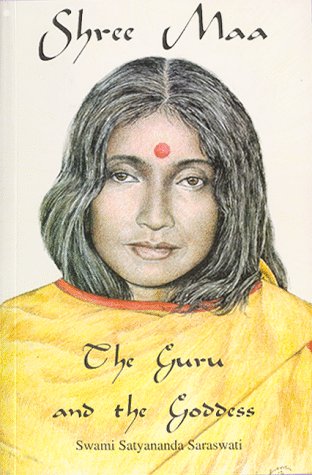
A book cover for Shree Maa: The Guru and the Goddess, the Complete Text and Translation of Kasyapa Sutra and Srigurugita and Lalita Trisati; Religion & Spirituality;